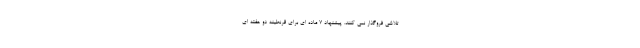
تلاشی فروگذار نمی کنند. پیشنهاد 7 ماده ای برای قرنطینه دو هفته ای